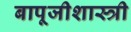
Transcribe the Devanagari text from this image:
बापूजीशास्त्री